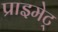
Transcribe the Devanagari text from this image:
प्राइमेट्